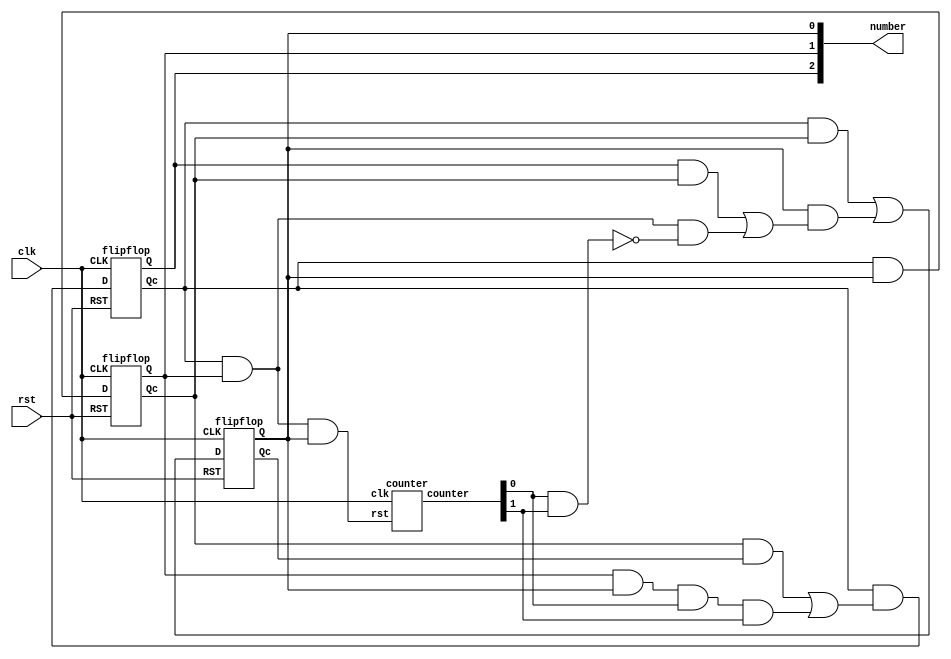
module fsm(number, clk, rst);
output [2:0] number;
input clk, rst;

wire qa, qb, qc, qa_c, qb_c, qc_c;
wire da, db, dc;
wire [1:0]cnt;
wire cnt_en;

flipflop a(qa, qa_c, clk, da, rst);
flipflop b(qb, qb_c, clk, db, rst);
flipflop c(qc, qc_c, clk, dc, rst);
counter count(cnt, clk, cnt_en);
assign cnt_en = qa_c&qb&qc;
assign da = qa_c&((qb_c&qc_c)|(qb&qc&cnt[0]&cnt[1]));
assign db = qa_c&qc;
assign dc = (qa_c&qb_c)|(qc&((qa&qb_c)|(qa_c&qb&!(cnt[0]&cnt[1]))));

assign number[2] = qa;
assign number[1] = qb;
assign number[0] = qc;

endmodule

module counter(counter, clk, rst);
output [1:0]counter;
input clk, rst;

wire c0_in, c1_in;
wire q0, q1, q0_c, q1_c;

flipflop cnt0(q0, q0_c, clk, c0_in, rst);
flipflop cnt1(q1, q1_c, clk, c1_in, rst);

assign c1_in = q1_c&q0;
assign c0_in = q1_c;
assign counter[0] = q0;
assign counter[1] = q1;

endmodule

module flipflop(Q, Qc, CLK, D, RST);
input CLK, D, RST;
output Q;
output Qc;

wire S, R;
wire Sc, Rc;

nand g1(Sc, Rc, S);
nand g2(S, Sc, CLK, RST);
nand g3(R, Rc, CLK);
nand g4(Rc, R, D, RST);

nand g5(Q, Qc, S);
nand g6(Qc, Q, R, RST);

endmodule